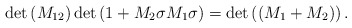
\begin{align*}\det\left( M_{12}\right) \det\left( 1+M_{2}\sigma M_{1}\sigma\right)=\det\left( \left( M_{1}+M_{2}\right) \right) .\end{align*}